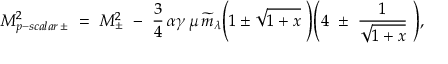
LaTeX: M _ { p - s c a l a r \, \pm } ^ { 2 } ~ = ~ M _ { \pm } ^ { 2 } ~ - ~ { \frac { 3 } { 4 } } \, \alpha \gamma \, \mu \, \widetilde { m } _ { \lambda } \Bigg ( 1 \pm \sqrt { 1 + x } ~ \Bigg ) \Bigg ( 4 ~ \pm ~ { \frac { 1 } { \sqrt { 1 + x } } } ~ \Bigg ) ,